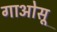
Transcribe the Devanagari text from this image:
गाओसू